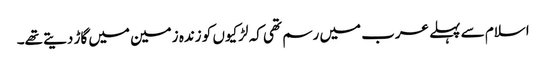
اسلام سے پہلے عرب میں رسم تھی کہ لڑکیوں کو زندہ زمین میں گاڑ دیتے تھے۔